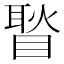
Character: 𥉔